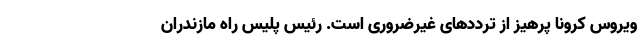
ویروس کرونا پرهیز از ترددهای غیرضروری است. رئیس پلیس راه مازندران